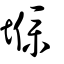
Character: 㙸